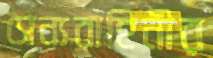
সৈন্যবাহিনীর